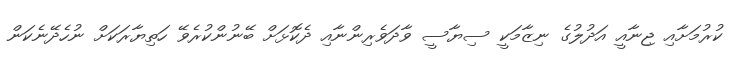
ކުރުމަށާއި ޖިނާއީ އަދުލުގެ ނިޒާމަކީ ސިޔާސީ ވާދަވެރިންނާއި ދެކޮޅަށް ބޭނުންކުރެވޭ ހަތިޔާރަކަށް ނުހެދޭނެކަން